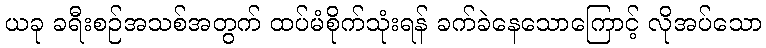
ယခု ခရီးစဉ်အသစ်အတွက် ထပ်မံစိုက်သုံးရန် ခက်ခဲနေသောကြောင့် လိုအပ်သော